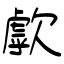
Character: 歑